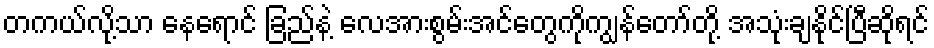
တကယ်လို့သာ နေရောင် ခြည်နဲ့ လေအားစွမ်းအင်တွေကိုကျွန်တော်တို့ အသုံးချနိုင်ပြီဆိုရင်